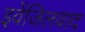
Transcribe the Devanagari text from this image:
इवेंजिलवाद